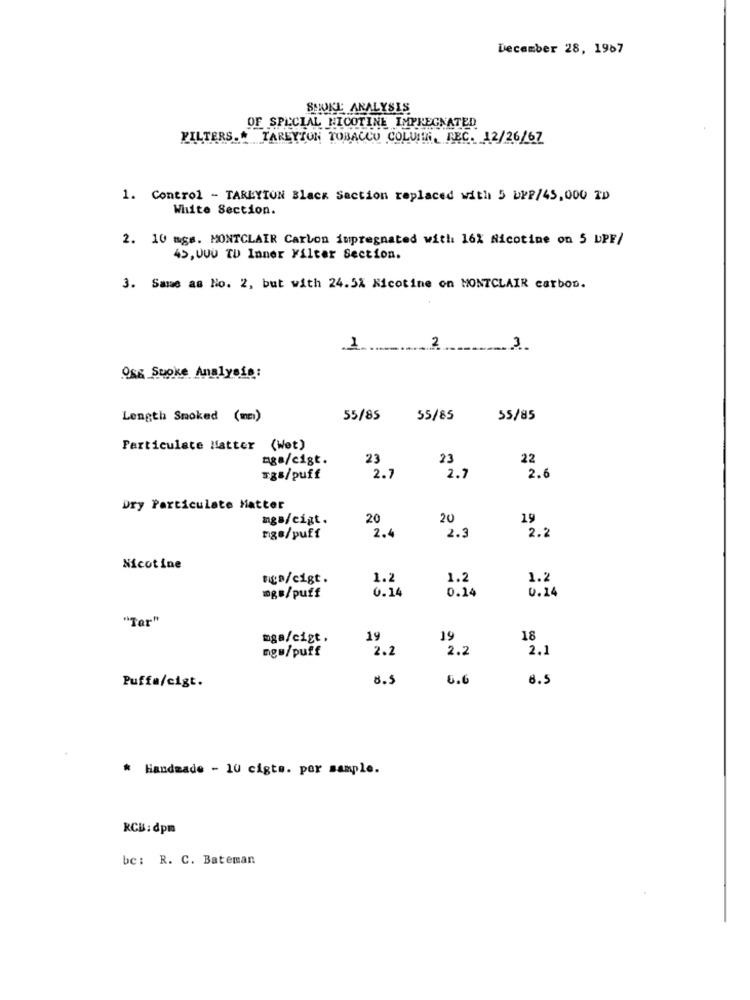
December 28, 1967
SHOKE ANALYSIS
OF SPECIAL NICOTINE IMPREGNATED
FILTERS." TAREYION TOBACCO COLUIIN, REC. 12/26/67
1. Control - TARLYTON Black Saction replaced with 5 bPP/45,000 ID
White Section.
2. 10 mgs. MONTCLAIR Carbon impregnated with 16% Nicotine on 5 DPF/
45, 000 TD Inner Filter Section.
3. Same as No. 2, but with 24.5% Nicotine on MONTCLAIR carbon.
123
Os& Supke Analysis:
Length Smoked (mm)
55/85
55/85
35/85
Particulate Matter (Wet)
nga/cigt.
23
23
22
ægª/puff
2.
2.7
2.6
Dry Particulate Hatter
nga/cigt.
20
20
19
ngs/puff
2.4
2.3
2.2
Nicotine
nga/cigt.
1.2
1.2
1.2
0.14
0.14
0.24
mg=/puff
"Ter"
mga/cigt.
19
19
18
2.2
2.2
2.1
ng#/puff
8.5
6.6
8.5
Puffe/cigt.
* Handmade - 10 cigts. per sample.
RCB:dpm
be: R. C. Bateman